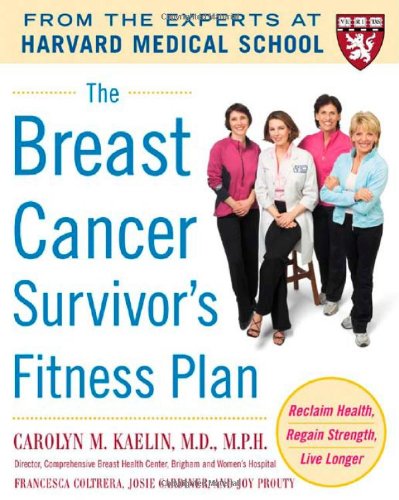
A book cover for The Breast Cancer Survivor's Fitness Plan: A Doctor-Approved Workout Plan For a Strong Body and Lifesaving Results (Harvard Medical School Guides); Carolyn Kaelin; Health, Fitness & Dieting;